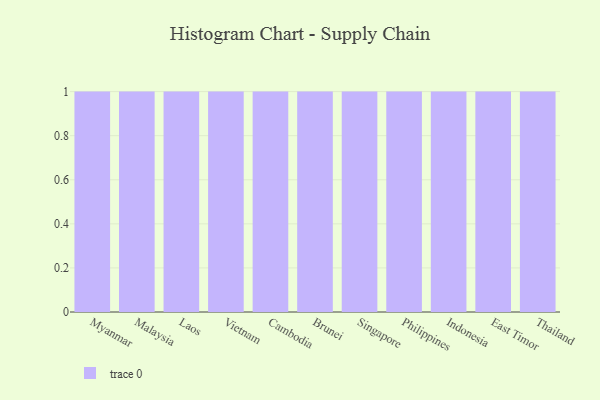
{"axis": {"x": "Country", "y": "Population (Million)"}, "legend": [""], "data": [{"x": "Myanmar", "y": 10, "type": ""}, {"x": "Malaysia", "y": 13, "type": ""}, {"x": "Laos", "y": 86, "type": ""}, {"x": "Vietnam", "y": 75, "type": ""}, {"x": "Cambodia", "y": 14, "type": ""}, {"x": "Brunei", "y": 40, "type": ""}, {"x": "Singapore", "y": 66, "type": ""}, {"x": "Philippines", "y": 85, "type": ""}, {"x": "Indonesia", "y": 38, "type": ""}, {"x": "East Timor", "y": 44, "type": ""}, {"x": "Thailand", "y": 38, "type": ""}]}